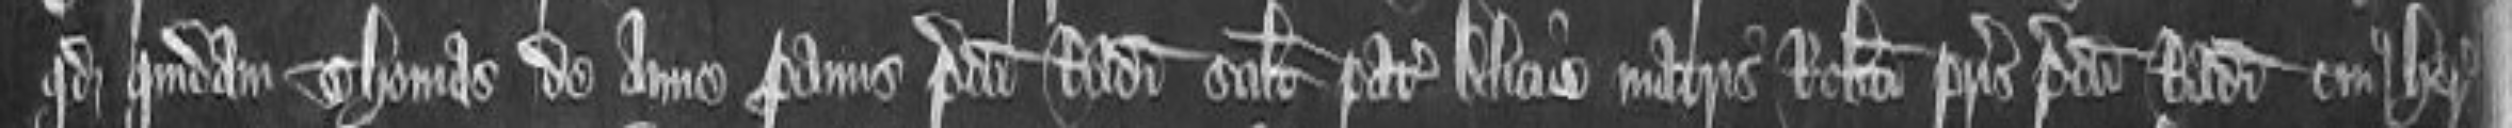
quod quidam Thomas de Anne proavus predicti Radulfi scilicet pater Alicie matris Roberti patris predicti Radulfi cuius heres